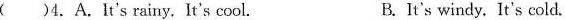
( )4.A.It's rainy. It's cool. B.It's windy. It's cold.